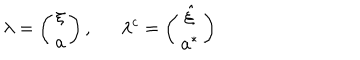
LaTeX: \lambda = \left( \begin{array} { c } { { \xi } } \\ { { a } } \\ \end{array} \right) , \lambda ^ { c } = \left( \begin{array} { c } { { \hat { \xi } } } \\ { { a ^ { * } } } \\ \end{array} \right)